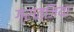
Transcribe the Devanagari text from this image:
ग्रात्जिया